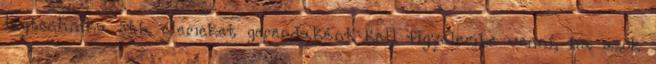
légtechnika stb. elemeket gerendaként kell figyelembe venni, ha azok